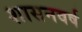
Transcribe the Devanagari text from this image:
शासनवर्ष